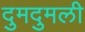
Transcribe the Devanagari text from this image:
दुमदुमली